Vaccination in the Punjab 1897-1904 - 1897-1904
Year: 1897
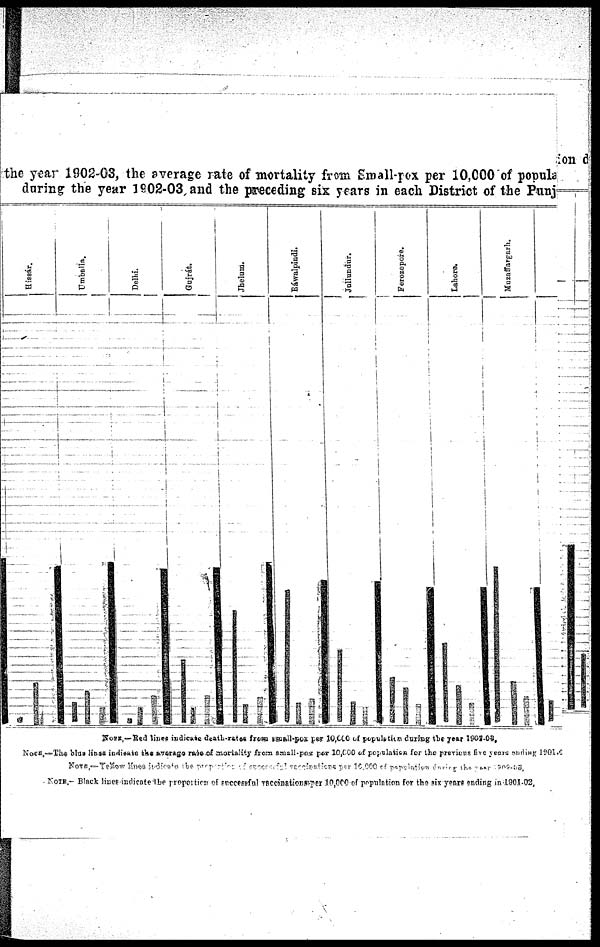
the year 1902-03, the average rate of mortality from Small-pox per 10,000 of popular
during the year 1902-03 and the preceding six years in each District of the Punjab